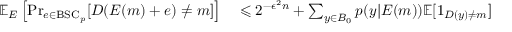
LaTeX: \begin{array} { r l r l } { \mathbb { E } _ { E } \left[ \operatorname* { P r } _ { e \in { \mathrm { B S C } } _ { p } } [ D ( E ( m ) + e ) \neq m ] \right] } & { { } \leqslant 2 ^ { - { \epsilon ^ { 2 } } n } + \sum _ { y \in B _ { 0 } } p ( y | E ( m ) ) \mathbb { E } [ 1 _ { D ( y ) \neq m } ] } \end{array}